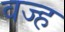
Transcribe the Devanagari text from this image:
वज्ह